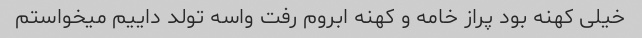
خیلی کهنه بود پراز خامه و کهنه ابروم رفت واسه تولد داییم میخواستم